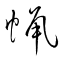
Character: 蝋